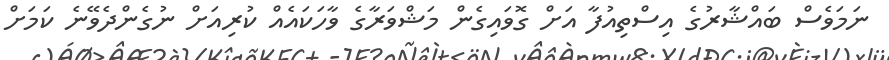
ނަމަވެސް ބައްޝާރުގެ އިސްތިއުފާ އަށް ގޮވައިގެން މަޝްވަރާގެ ވާހަކައެއް ކުރިއަށް ނުގެންދެވޭނެ ކަމަށް